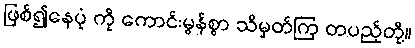
ဖြစ်၍နေပုံ ကို ကောင်းမွန်စွာ သိမှတ်ကြ တပည့်တို့။